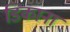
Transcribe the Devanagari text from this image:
डिकाना